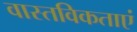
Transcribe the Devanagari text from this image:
वास्तविकताएं